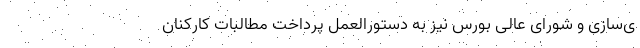
ی‌سازی و شورای عالی بورس نیز به دستورالعمل پرداخت مطالبات کارکنان